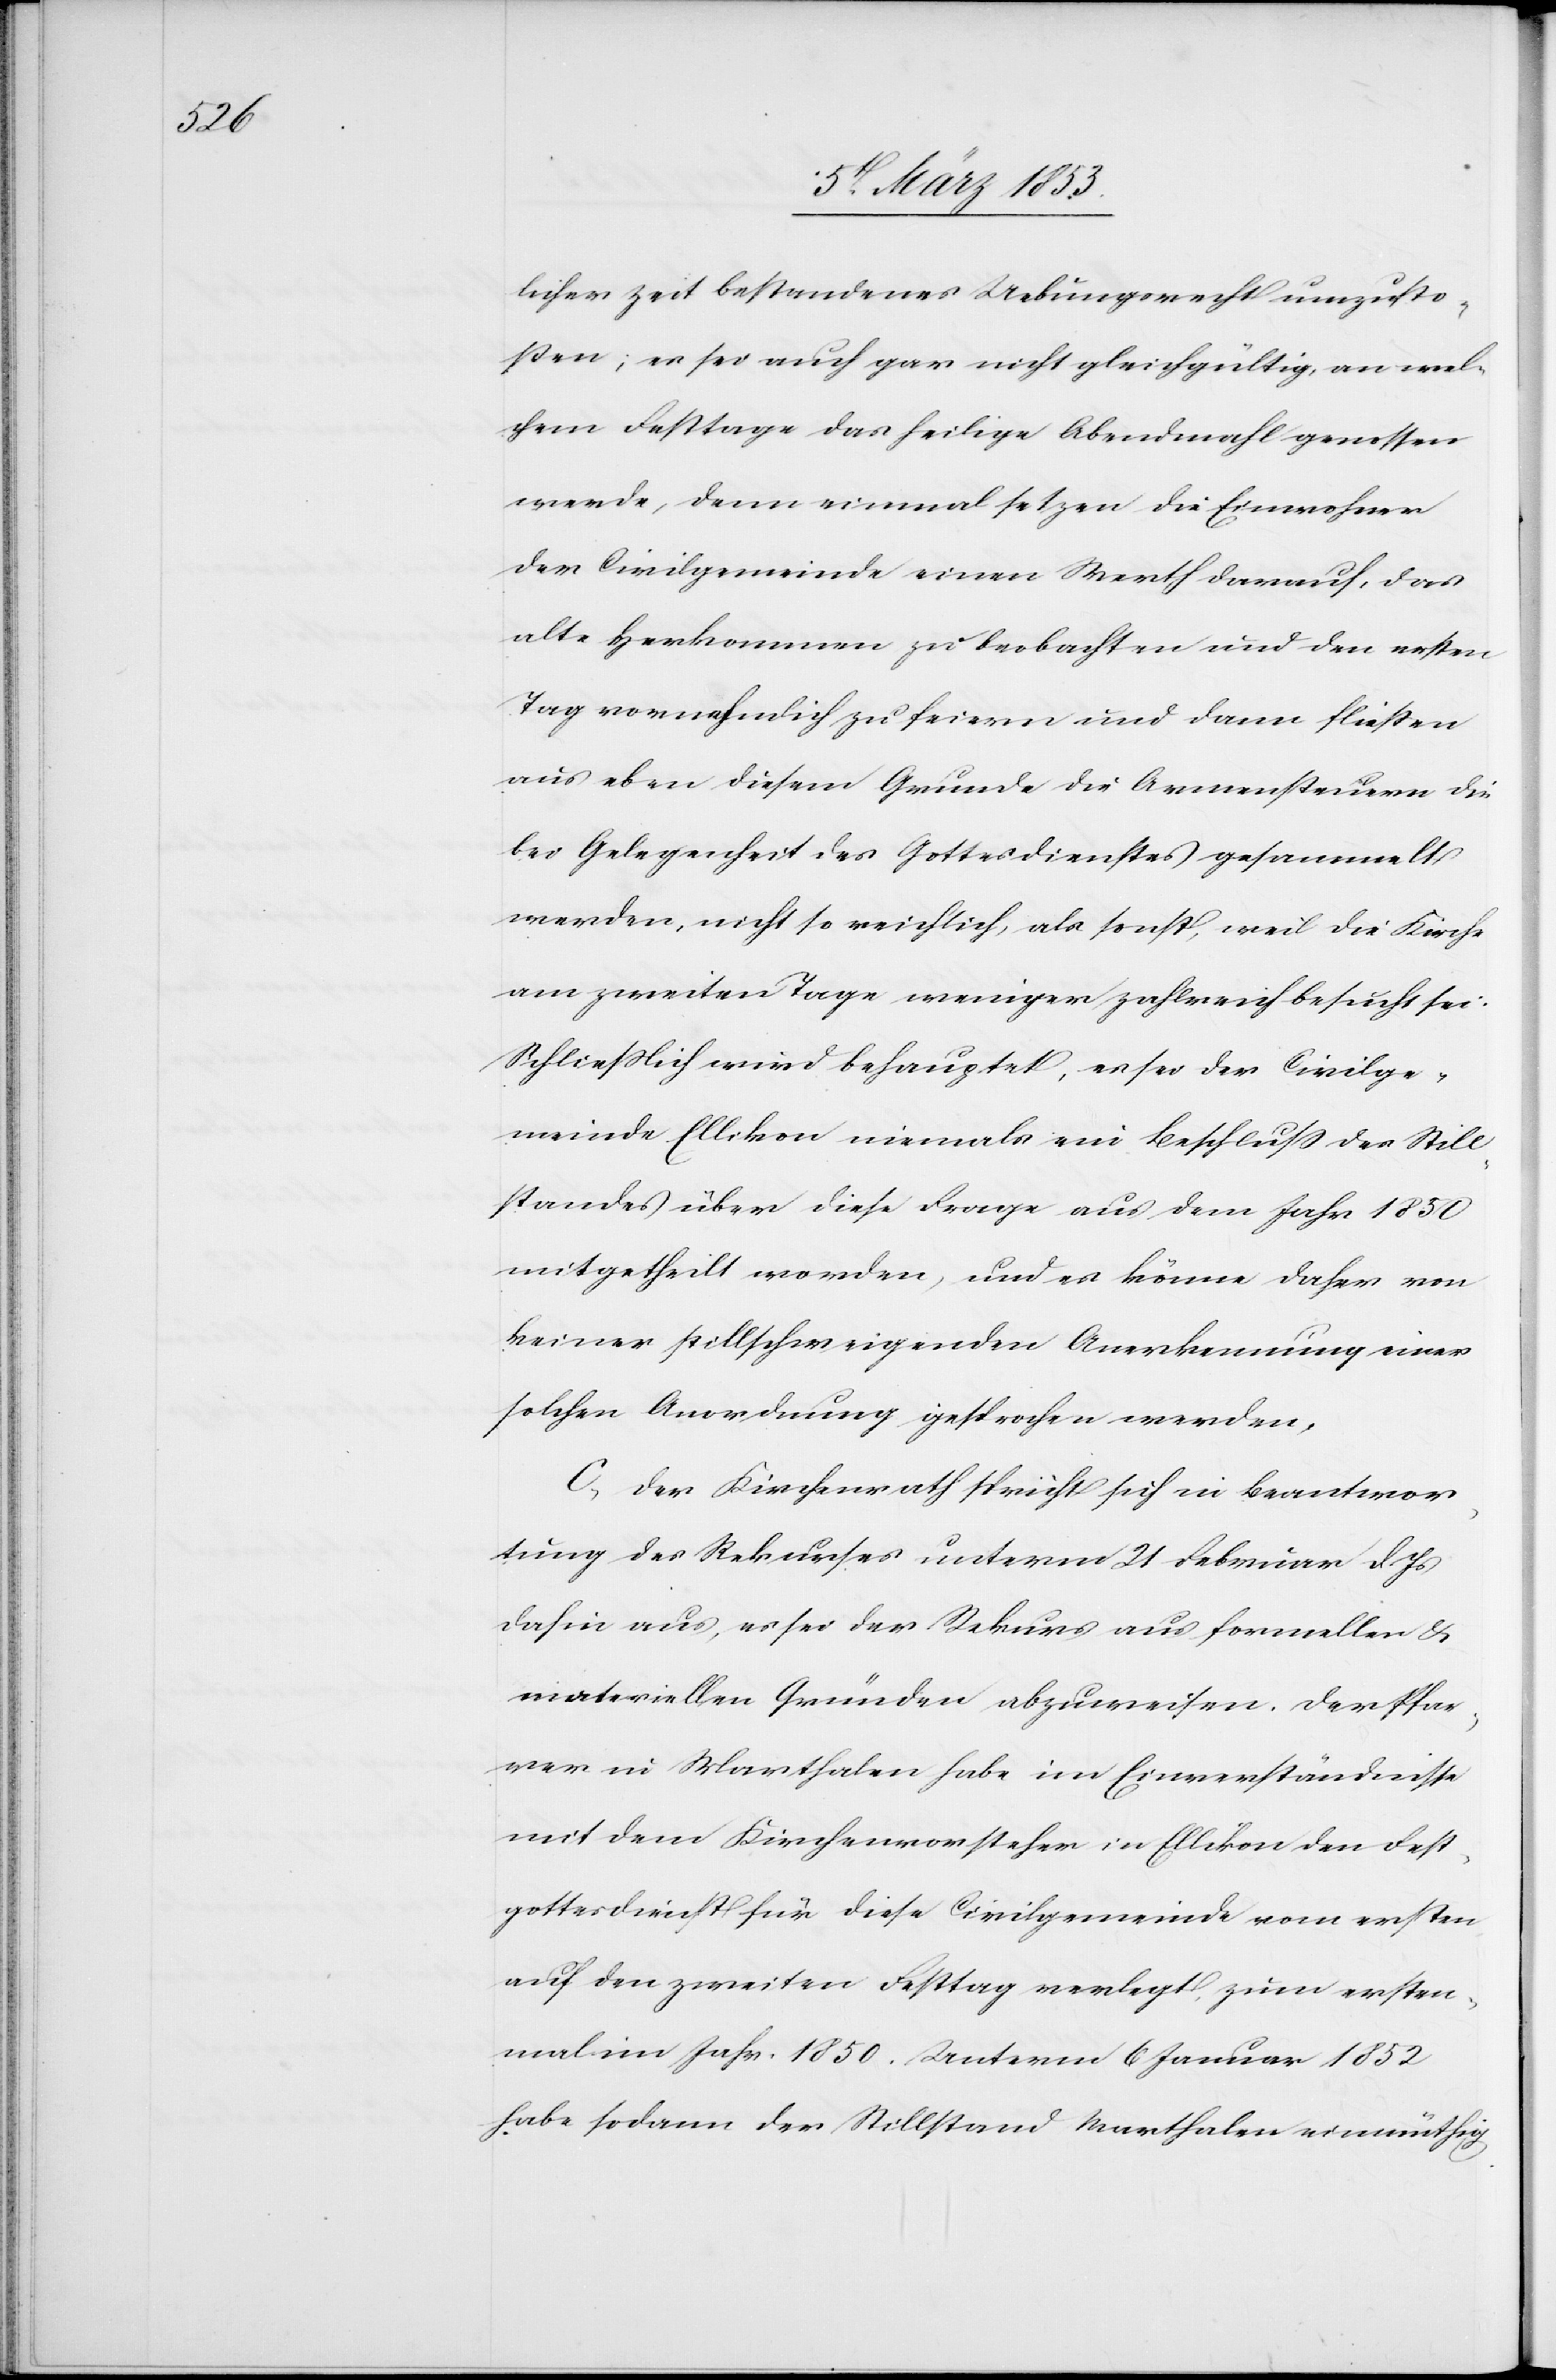
licher Zeit bestandenes Uebungsrecht umzusto¬
ßen; es sei auch gar nicht gleichgültig, an wel¬
chem Festtage das hiesige Abendmahl genossen
werde, denn einmal setzen die Einwohner
der Civilgemeinde einen Wert darauf, das
alte Herkommen zu beobachten und den ersten
Tag vornehmlich zu feiern und dann fließen
aus eben diesem Grunde die Armensteuern die
bei Gelegenheit des Gottesdienstes gesammelt
werden, nicht so reichlich, als sonst, weil die Kirche
am zweiten Tage weniger zahlreich besucht sei.
Schließlich wird behauptet, es sei der Civilge¬
meinde Ellikon niemals ein Beschluß des Still¬
standes über diese Frage aus dem Jahr 1850
mitgetheilt worden, und es könne daher von
keiner stillschweigenden Anerkennung einer
solchen Anordnung gesprochen werden.
Der Kirchenrath spricht sich in Beantwor¬
tung des Rekurses unterm 21 Februar d. Js.
dahin aus, es sei der Rekurs aus formellen &
materiellen Gründen abzuweisen. Der Pfar¬
rer in Marthalen habe im Einverständnisse
mit dem Kirchenvorsteher in Ellikon den Fest¬
gottesdienste für diese Civilgemeinde vom ersten
auf den zweiten Festtag verlegt zum ersten¬
mal im Jahr 1850. Unterm 6 Januar 1852
habe sodann der Stillstand Marthalen einmüthig